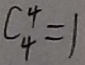
C ^ { 4 } _ { 4 } = 1